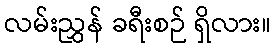
လမ်းညွှန် ခရီးစဉ် ရှိလား။